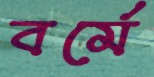
বর্মে